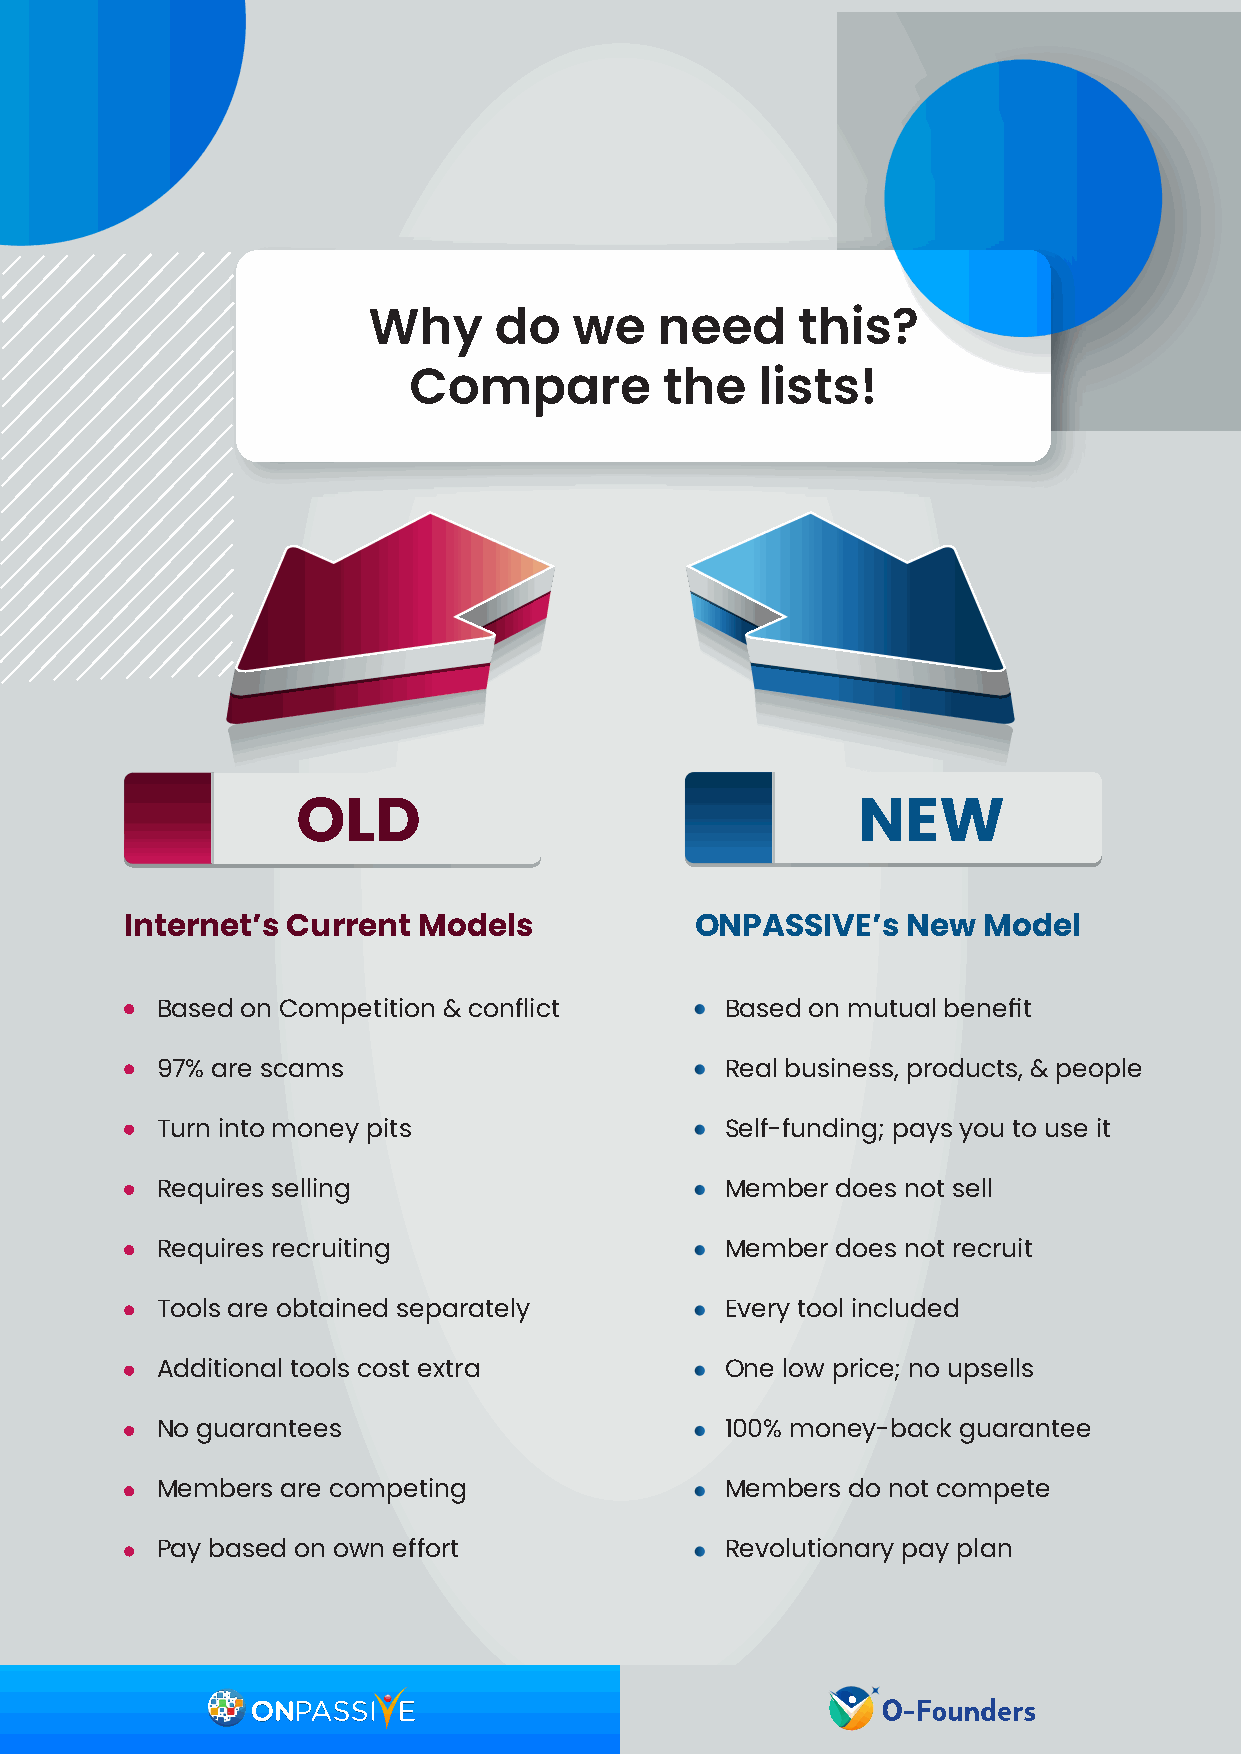
Why      do   we    need     this?
 Compare          the   lists!
 OLD                                  NEW
 Internet’s Current  Models            ONPASSIVE’s   New  Model
 Based on Competition & conflict       Based on mutual benefit
 97% are scams                         Real business, products, & people
 Turn into money pits                  Self-funding; pays you to use it
 Requires selling                      Member does not sell
 Requires recruiting                   Member does not recruit
 Tools are obtained separately         Every tool included
 Additional tools cost extra           One low price; no upsells
 No guarantees                         100% money-back guarantee
 Members  are competing                Members do not compete
 Pay based on own effort               Revolutionary pay plan